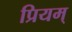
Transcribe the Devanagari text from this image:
प्रियम्‌